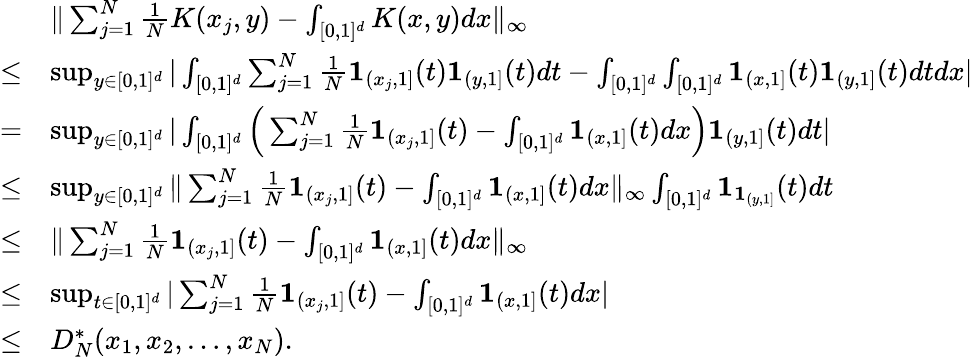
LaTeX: \begin{array}{rl}&{\| \sum_{j=1}^{N}\frac{1}{N}K(x_{j},y)-\int_{[0,1]^{d}}K(x,y)dx\| _{\infty}}\\ {\leq}&{\operatorname*{sup}_{y\in[0,1]^{d}}|\int_{[0,1]^{d}}\sum_{j=1}^{N}\frac{1}{N}\mathbf{1}_{(x_{j},1]}(t)\mathbf{1}_{(y,1]}(t)dt-\int_{[0,1]^{d}}\int_{[0,1]^{d}}\mathbf{1}_{(x,1]}(t)\mathbf{1}_{(y,1]}(t)dtdx|}\\ {=}&{\operatorname*{sup}_{y\in[0,1]^{d}}|\int_{[0,1]^{d}}\Big(\sum_{j=1}^{N}\frac{1}{N}\mathbf{1}_{(x_{j},1]}(t)-\int_{[0,1]^{d}}\mathbf{1}_{(x,1]}(t)dx\Big)\mathbf{1}_{(y,1]}(t)dt|}\\ {\leq}&{\operatorname*{sup}_{y\in[0,1]^{d}}\| \sum_{j=1}^{N}\frac{1}{N}\mathbf{1}_{(x_{j},1]}(t)-\int_{[0,1]^{d}}\mathbf{1}_{(x,1]}(t)dx\| _{\infty}\int_{[0,1]^{d}}\mathbf{1}_{\mathbf{1}_{(y,1]}}(t)dt}\\ {\leq}&{\| \sum_{j=1}^{N}\frac{1}{N}\mathbf{1}_{(x_{j},1]}(t)-\int_{[0,1]^{d}}\mathbf{1}_{(x,1]}(t)dx\| _{\infty}}\\ {\leq}&{\operatorname*{sup}_{t\in[0,1]^{d}}|\sum_{j=1}^{N}\frac{1}{N}\mathbf{1}_{(x_{j},1]}(t)-\int_{[0,1]^{d}}\mathbf{1}_{(x,1]}(t)dx|}\\ {\leq}&{D_{N}^{*}(x_{1},x_{2},\ldots,x_{N}).}\end{array}